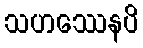
သဟဿေနပိ